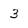
Character: 3